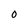
Character: 0